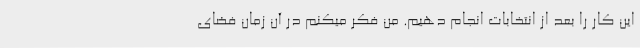
این کار را بعد از انتخابات انجام دهیم. من فکر میکنم در آن زمان فضای